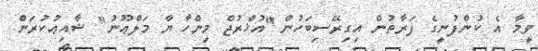
ވީމާ އެ ކުންފުނީގެ ފަރާތުން އިގިރޭސިބަހުން ''އުޚްރުޖް މިންހާ ޔާ މަލްޢޫނު'' ޝާއިޢުކުރަން